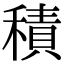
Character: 積